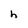
Character: h